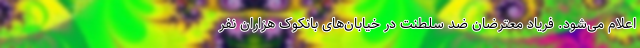
اعلام می‌شود. فریاد معترضان ضد سلطنت در خیابان‌های بانکوک هزاران نفر